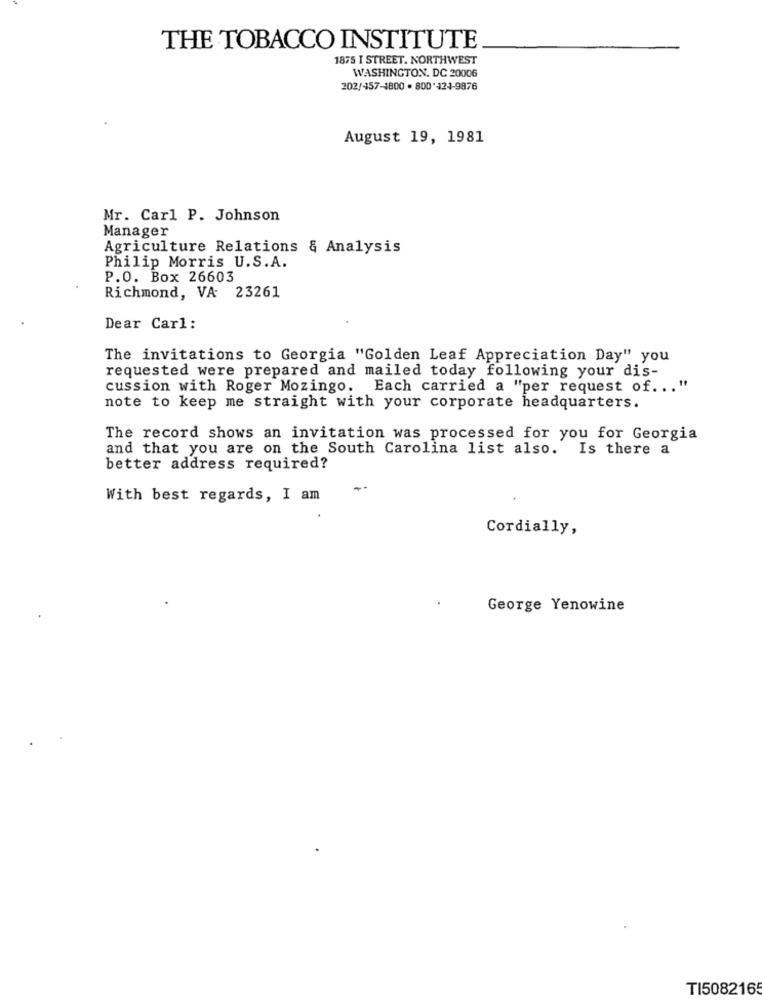
THE TOBACCO INSTITUTE
1875 I STREET. NORTHWEST
WASHINGTON, DC 20006
202/457-1800 . 800*124-9876
August 19, 1981
Mr. Carl P. Johnson
Manager
Agriculture Relations & Analysis
Philip Morris U.S.A.
P.O. Box 26603
Richmond, VA 23261
Dear Carl:
The invitations to Georgia "Golden Leaf Appreciation Day" you
requested were prepared and mailed today following your dis-
cussion with Roger Mozingo. Each carried a "per request of ... "
note to keep me straight with your corporate headquarters.
The record shows an invitation was processed for you for Georgia
and that you are on the South Carolina list also. Is there a
better address required?
With best regards, I am
Cordially,
George Yenowine
TI508216